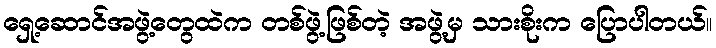
ရှေ့ဆောင်အဖွဲ့တွေထဲက တစ်ဖွဲ့ဖြစ်တဲ့ အဖွဲ့မှ သားစိုးက ပြောပါတယ်။